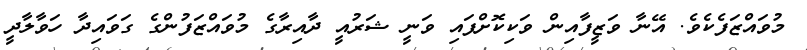
މުވައްޒަފެކެވެ. އޭނާ ވަޒީފާއިން ވަކިކޮށްފައި ވަނީ ޝަރުއީ ދާއިރާގެ މުވައްޒަފުންގެ ގަވައިދާ ހަވާލާދީ